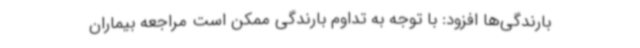
بارندگی‌ها افزود: با توجه به تداوم بارندگی ممکن است مراجعه بیماران